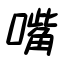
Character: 嘴